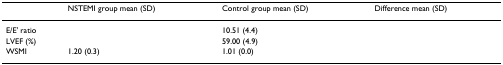
<table><thead><tr><td>[EMPTY_CELL]</td><td><b>NSTEMI group mean (SD)</b></td><td><b>Control group mean (SD)</b></td><td><b>Difference mean (SD)</b></td></tr></thead><tbody><tr><td>E/E' ratio</td><td>[EMPTY_CELL]</td><td>10.51 (4.4)</td><td>[EMPTY_CELL]</td></tr><tr><td>LVEF (%)</td><td>[EMPTY_CELL]</td><td>59.00 (4.9)</td><td>[EMPTY_CELL]</td></tr><tr><td>WSMI</td><td>1.20 (0.3)</td><td>1.01 (0.0)</td><td>[EMPTY_CELL]</td></tr></tbody></table>